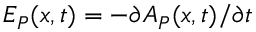
E _ { P } ( x , t ) = - \partial A _ { P } ( x , t ) / \partial t